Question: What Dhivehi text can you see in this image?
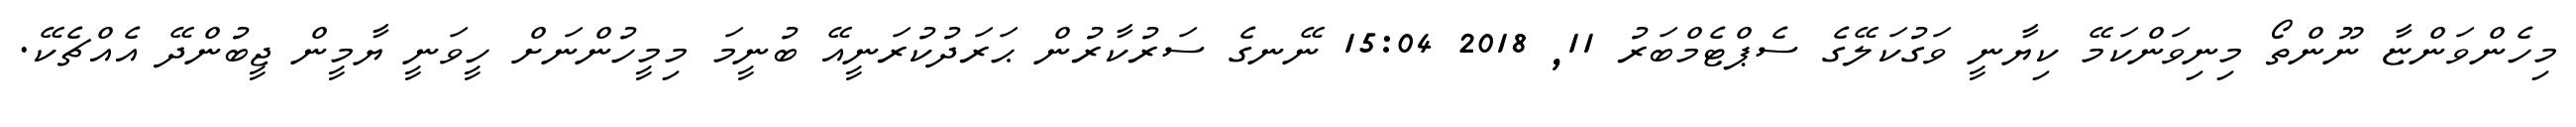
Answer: މިހެންވަންޏާ ނޫންތޯ މިނިވަންކަމޭ ކިޔާނީ ވަގުކަލޭގެ ސެޕްޓެމްބަރު 11, 2018 15:04 ނޭނގެ ސަރުކާރުން ޙަރަދުކުރަނީއޭ ބުނީމަ މިމީހުންނަށް ހީވަނީ ޔާމީން ޖީބުންދޭ އެއްޗެކޭ.